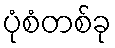
ပုံစံတစ်ခု